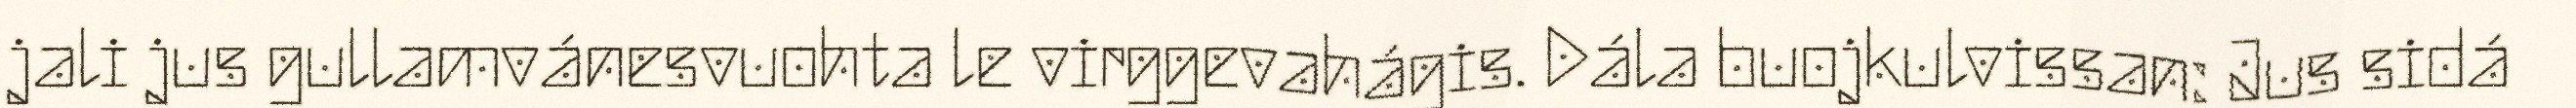
jali jus gullamvánesvuohta le virggevahágis. Dála buojkulvissan: Jus sidá